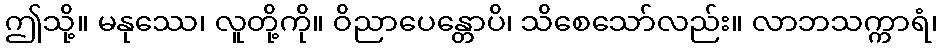
ဤသို့။ မနုဿေ၊ လူတို့ကို။ ဝိညာပေန္တောပိ၊ သိစေသော်လည်း။ လာဘသက္ကာရံ၊